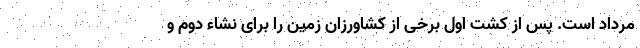
مرداد است. پس از کشت اول برخی از کشاورزان زمین را برای نشاء دوم و